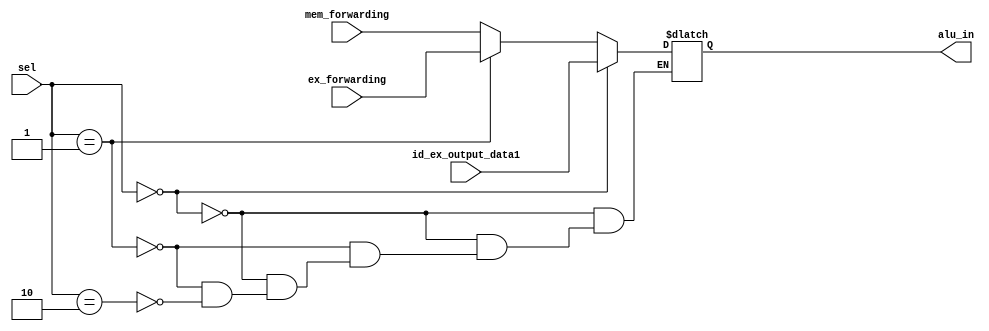
`timescale 1ns / 1ps
//////////////////////////////////////////////////////////////////////////////////
// Company: 
// Engineer: 
// 
// Design Name: 
// Module Name:    mux3 
// Project Name: 
// Target Devices: 
// Tool versions: 
// Description: 
//
// Dependencies: 
//
// Revision: 
// Revision 0.01 - File Created
// Additional Comments: 
//
//////////////////////////////////////////////////////////////////////////////////
module mux3(
input [1:0]sel,
input [31:0]id_ex_output_data1,
input [31:0]ex_forwarding,
input [31:0]mem_forwarding,
output reg [31:0]alu_in

    );
always @(*) begin
	if(sel == 2'b00)
	alu_in = id_ex_output_data1;
	else if(sel == 2'b01)
	alu_in = ex_forwarding;
	else if(sel == 2'b10)
	alu_in= mem_forwarding;
	
end

endmodule